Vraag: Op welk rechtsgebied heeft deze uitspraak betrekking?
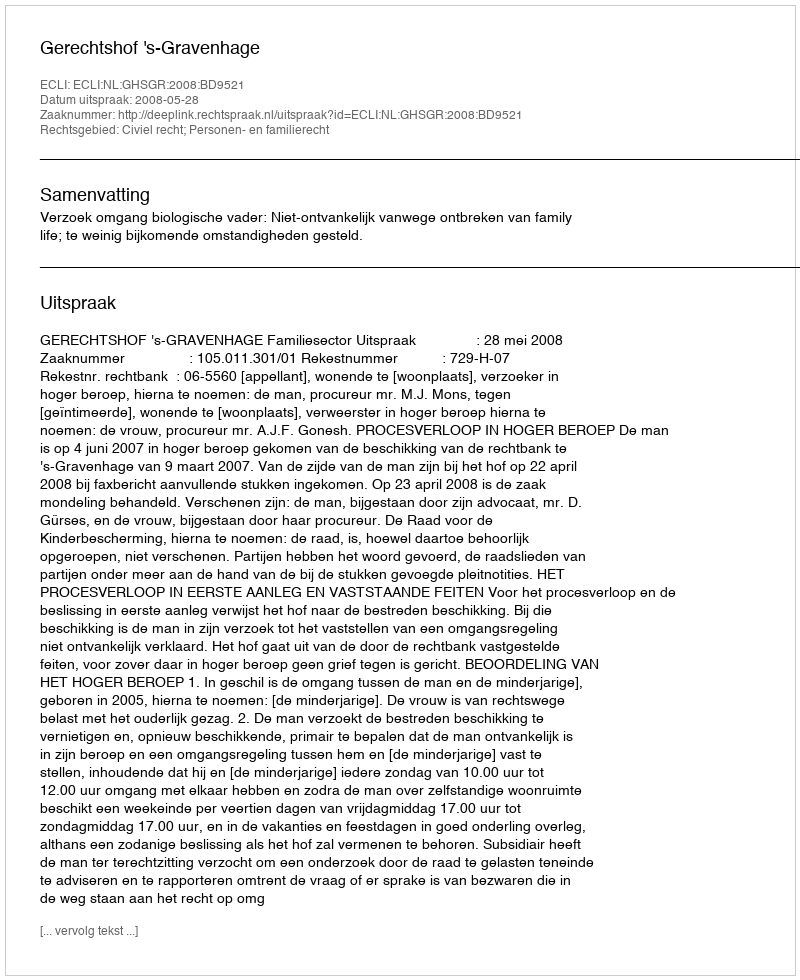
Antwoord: Civiel recht; Personen- en familierecht